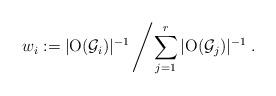
LaTeX: \begin{align*}w_i:=|\mathrm{O}(\mathcal{G}_i)|^{-1}\left/ \sum_{j=1}^r|\mathrm{O}(\mathcal{G}_j)|^{-1}\right..\end{align*}